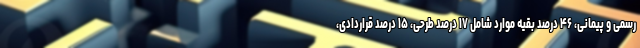
رسمی و پیمانی، ۴۶ درصد بقیه موارد شامل ۱۷ درصد طرحی، ۱۵ درصد قراردادی،